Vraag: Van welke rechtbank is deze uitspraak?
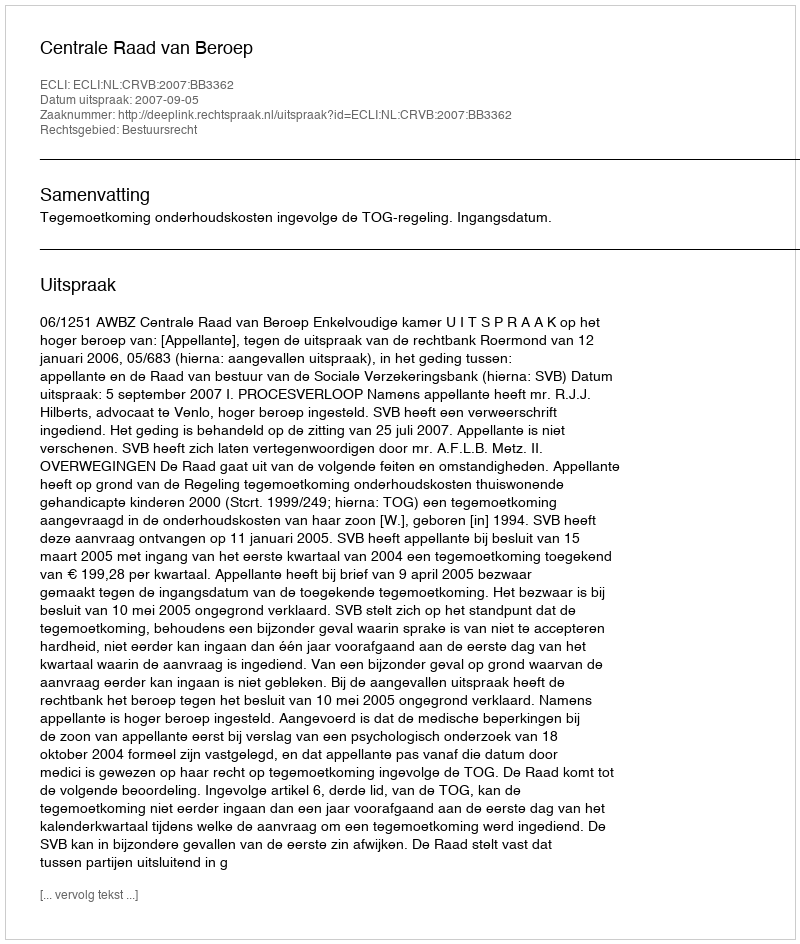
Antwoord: Centrale Raad van Beroep